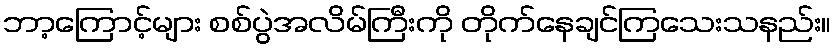
ဘာ့ကြောင့်များ စစ်ပွဲအလိမ်ကြီးကို တိုက်နေချင်ကြသေးသနည်း။